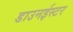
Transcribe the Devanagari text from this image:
डाउनईस्टर